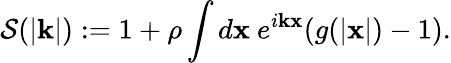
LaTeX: \mathcal S(|\mathbf k|):=1+\rho\int d\mathbf x\ e^{i\mathbf k\mathbf x}(g(|\mathbf x|)-1).